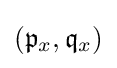
({\mathfrak {p}}_{x},{\mathfrak {q}}_{x})